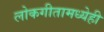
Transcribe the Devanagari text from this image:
लोकगीतामध्येही